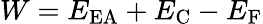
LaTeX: W=E_{\mathrm{{EA}}}+E_{\mathrm{{C}}}-E_{\mathrm{{F}}}